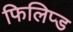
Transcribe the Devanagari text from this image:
फिलिप्ड